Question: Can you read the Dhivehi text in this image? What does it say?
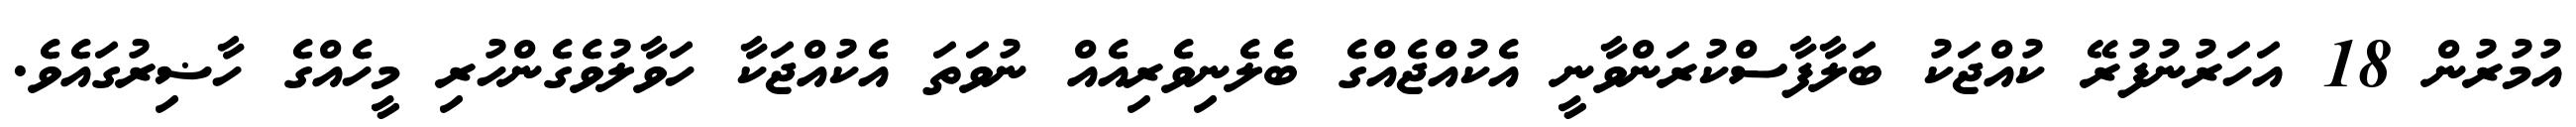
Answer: އުމުރުން 18 އަހަރުނުފުރޭ ކުއްޖަކު ބަލާފާސްކުރަންވާނީ އެކުއްޖެއްގެ ބެލެނިވެރިއެއް ނުވަތަ އެކުއްޖަކާ ހަވާލުވެގެންހުރި މީހެއްގެ ހާޟިރުގައެވެ.